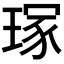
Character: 𭹣